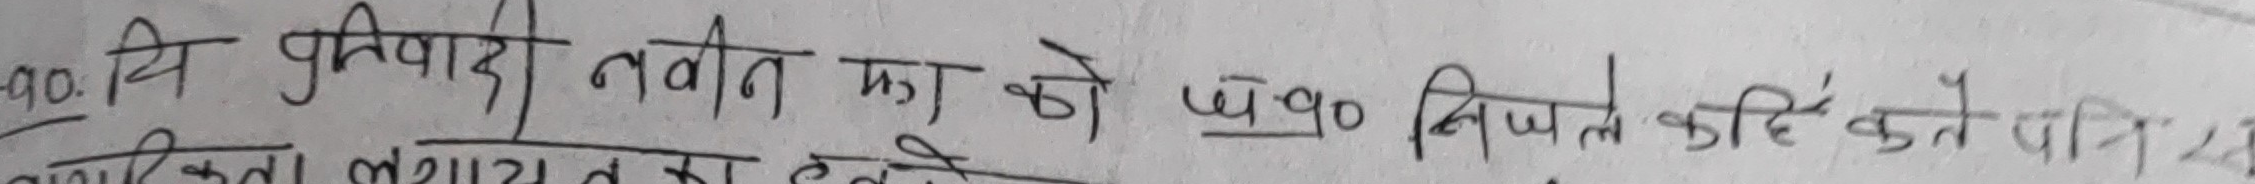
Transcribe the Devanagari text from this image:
९०: विवादी नवीन का को ६० बिजले कहिरे कते पनि